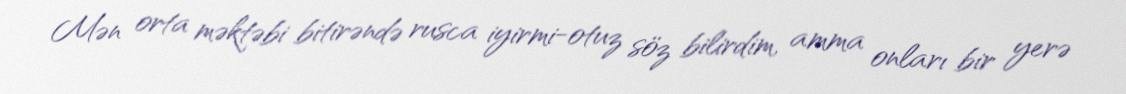
Mən orta məktəbi bitirəndə rusca iyirmi-otuz söz bilirdim, amma onları bir yerə